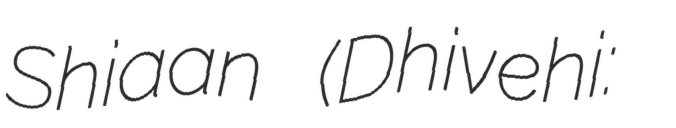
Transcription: Shiaan (Dhivehi: އަހްމަދު